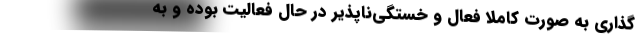
‌گذاری به صورت کاملاً فعال و خستگی‌ناپذیر در حال فعالیت بوده و به